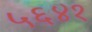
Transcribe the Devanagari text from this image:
५६४१